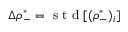
\Delta \rho _ { - } ^ { * } = \mathrm { ~ s ~ t ~ d ~ } [ ( \rho _ { - } ^ { * } ) _ { i } ]